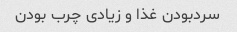
سردبودن غذا و زیادی چرب بودن